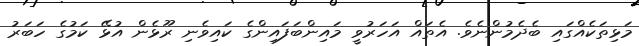
މަޅިތަކެއްގައި ބެދެމުންނެވެ. އެތައް އަހަރުވީ މައިންބަފައިންގެ ކައިވެނި ރޫޅެން އުޅޭ ކަމުގެ ހަބަރު